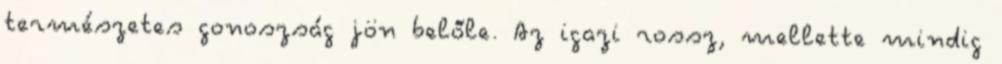
természetes gonoszság jön belőle. Az igazi rossz, mellette mindig